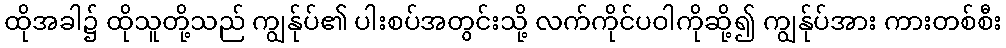
ထိုအခါ၌ ထိုသူတို့သည် ကျွန်ုပ်၏ ပါးစပ်အတွင်းသို့ လက်ကိုင်ပဝါကိုဆို့၍ ကျွန်ုပ်အား ကားတစ်စီး